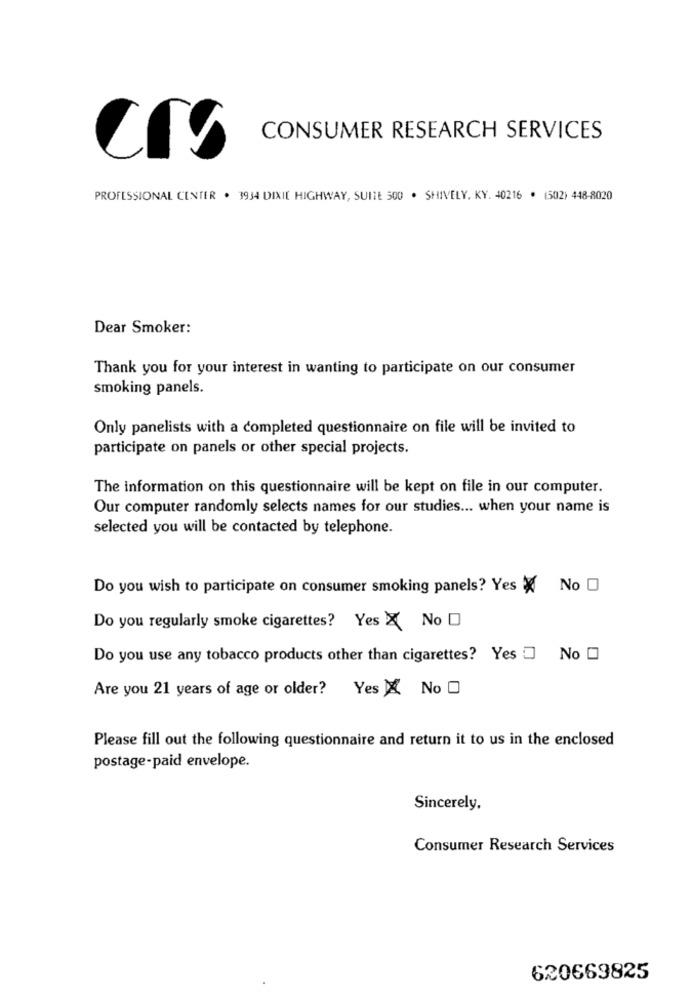
CONSUMER RESEARCH SERVICES
PROFESSIONAL CENTER . 3934 DIXIE HIGHWAY, SUITE 500 . SHIVELY. KY. 40216 . (502) 448-8020
Dear Smoker:
Thank you for your interest in wanting to participate on our consumer
smoking panels.
Only panelists with a completed questionnaire on file will be invited to
participate on panels or other special projects.
The information on this questionnaire will be kept on file in our computer.
Our computer randomly selects names for our studies ... when your name is
selected you will be contacted by telephone.
Do you wish to participate on consumer smoking panels? Yes X No O
Do you regularly smoke cigarettes? Yes X No
Do you use any tobacco products other than cigarettes? Yes . No [
Are you 21 years of age or older? Yes X No O
Please fill out the following questionnaire and return it to us in the enclosed
postage-paid envelope.
Sincerely,
Consumer Research Services
620669825